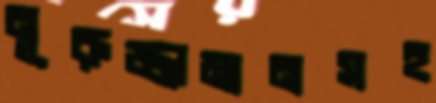
নূরুজ্জামানসহ